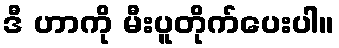
ဒီ ဟာကို မီးပူတိုက်ပေးပါ။